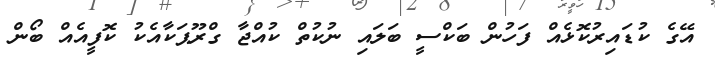
އޭގެ ކުޑައިރުކޮޅެއް ފަހުން ބަކްސީ ބަލައި ނުކުތް ކުއްޖާ ގްރޫޕަކާއެކު ކޮފީއެއް ބޯން